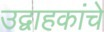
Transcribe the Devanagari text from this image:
उद्वाहकांचे